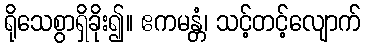
ရိုသေစွာရှိခိုး၍။ ဧကမန္တံ၊ သင့်တင့်လျောက်